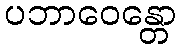
ပဘာဝေန္တော